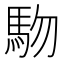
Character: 𱐾